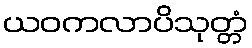
ယဝကလာပိသုတ္တံ